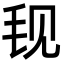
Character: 𬆾